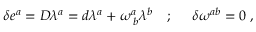
\begin{array} { l l l } { { \delta e ^ { a } = D \lambda ^ { a } = d \lambda ^ { a } + \omega _ { \; b } ^ { a } \lambda ^ { b } } } & { { ; \; \; } } & { { \delta \omega ^ { a b } = 0 \; , } } \end{array}